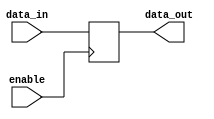
module non_inverting_buffer (
    input wire data_in,
    input wire enable,
    output reg data_out
);

always @(posedge enable) begin
    if (enable == 1'b1) begin
        data_out <= data_in;
    end
end

endmodule